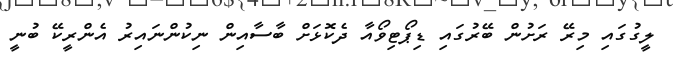
ލީގުގައި މިރޭ ރަށުން ބޭރުގައި ޑިޕޯޓިވޯއާ ދެކޮޅަށް ބާސާއިން ނިކުންނައިރު އެންރީކޭ ބުނީ